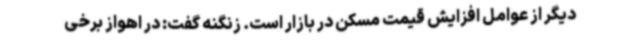
دیگر از عوامل افزایش قیمت مسکن در بازار است. زنگنه گفت: در اهواز برخی